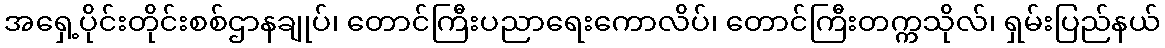
အရှေ့ပိုင်းတိုင်းစစ်ဌာနချုပ်၊ တောင်ကြီးပညာရေးကောလိပ်၊ တောင်ကြီးတက္ကသိုလ်၊ ရှမ်းပြည်နယ်